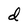
Character: d